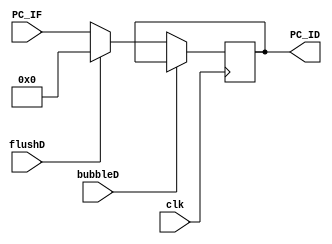
`timescale 1ns / 1ps
//  
    // IF\IDPC
// 
    // clk               
    // PC_IF             PC
    // bubbleD           IDbubble
    // flushD            IDflush
// 
    // PC_ID             PC
//   
    // 

module PC_ID(
    input wire clk, bubbleD, flushD,
    input wire [31:0] PC_IF,
    output reg [31:0] PC_ID
    );

    initial PC_ID = 0;
    
    always@(posedge clk)
        if (!bubbleD) 
        begin
            if (flushD)
                PC_ID <= 0;
            else 
                PC_ID <= PC_IF;
        end
    
endmodule